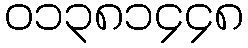
၀၁၃၈၁၄၄၈